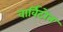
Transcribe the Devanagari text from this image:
वार्विटोन